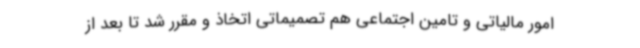
امور مالیاتی و تامین اجتماعی هم تصمیماتی اتخاذ و مقرر شد تا بعد از